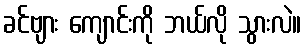
ခင်ဗျား ကျောင်းကို ဘယ်လို သွားလဲ။